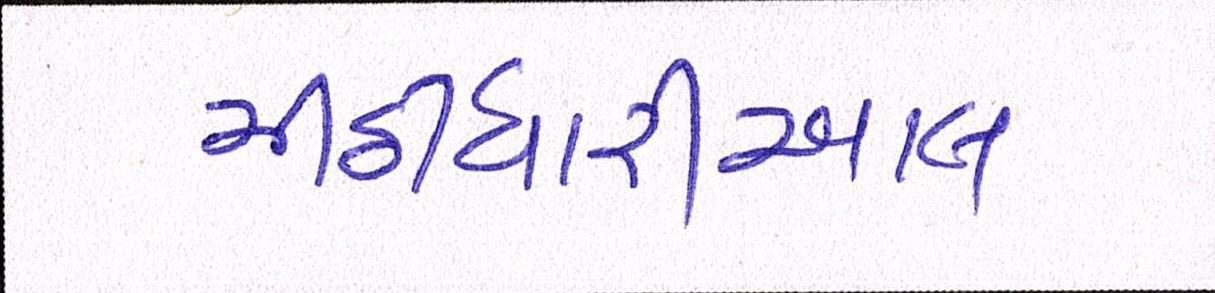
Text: મીઠીઘારીઆલ